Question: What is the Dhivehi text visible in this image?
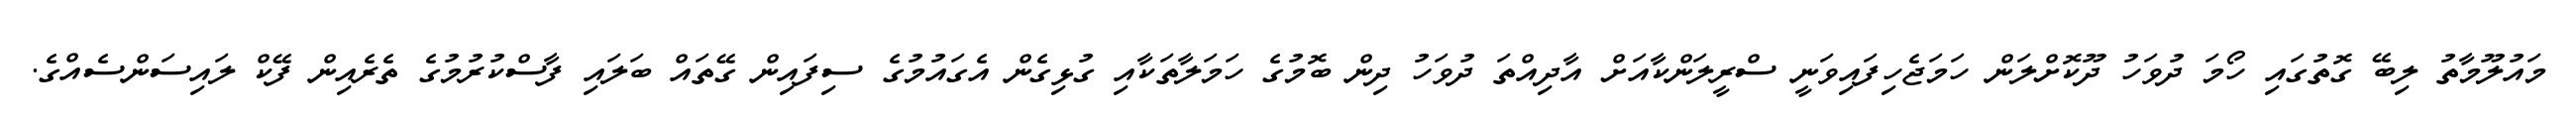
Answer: މައުލޫމާތު ލިބޭ ގޮތުގައި ހޯމަ ދުވަހު ދޫކޮށްލަން ހަމަޖެހިފައިވަނީ ސްރީލަންކާއަށް އާދިއްތަ ދުވަހު ދިން ބޮމުގެ ހަމަލާތަކާއި ގުޅިގެން އެގައުމުގެ ސިފައިން ގޭތައް ބަލައި ފާސްކުރުމުގެ ތެރެއިން ފޭކް ލައިސަންސެއްގެ.